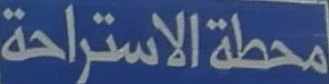
محطة الاستراحة